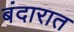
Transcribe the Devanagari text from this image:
बंदारात